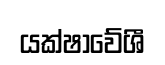
යක්ෂාවේශී